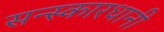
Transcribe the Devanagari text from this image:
सन्स्कारधानी